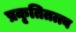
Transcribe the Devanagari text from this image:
प्रकृतितत्त्व